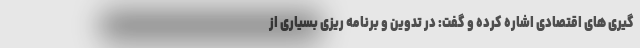
گیری های اقتصادی اشاره کرده و گفت: در تدوین و برنامه ریزی بسیاری از